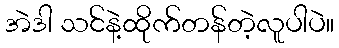
အဲဒါ သင်နဲ့ထိုက်တန်တဲ့လူပါပဲ။